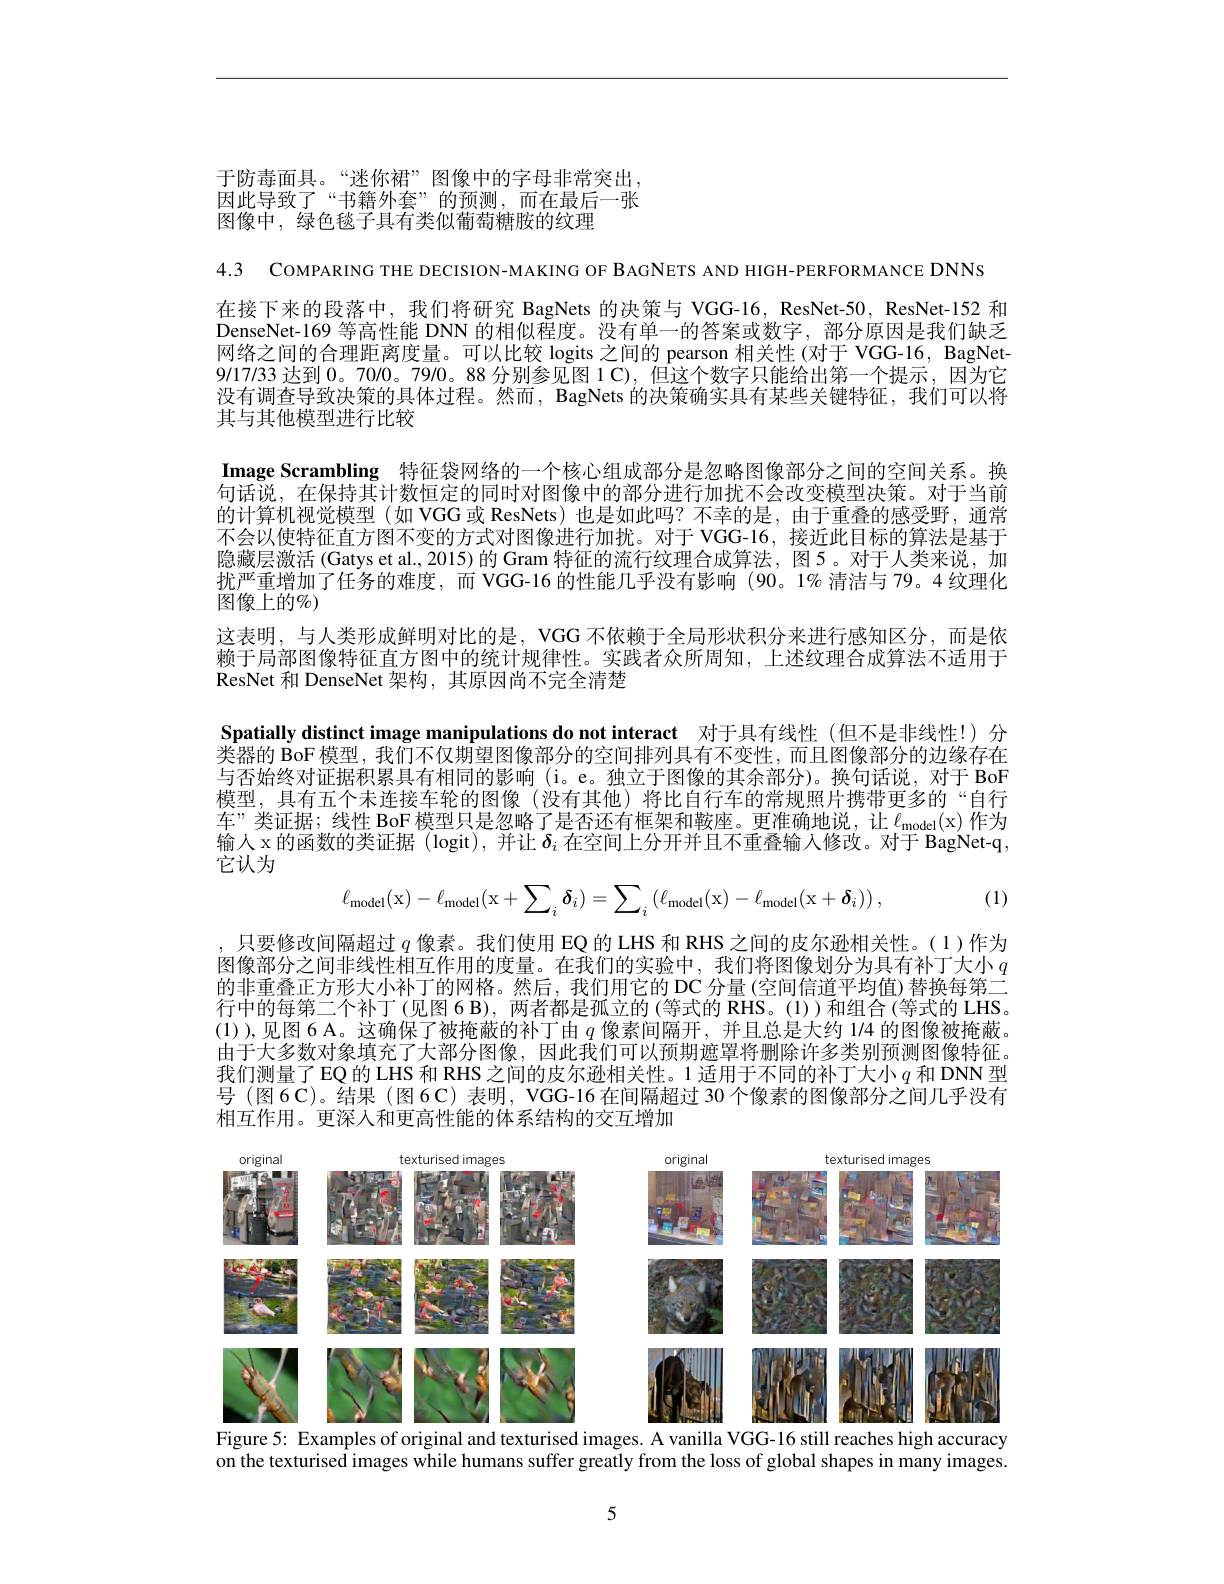
于防毒面具。“迷你裙”图像中的字母非常突出， 因此导致了“书籍外套”的预测，而在最后一张图像中，绿色毯子具有类似葡萄糖胺的纹理

4.3 COMPARING THE DECISION-MAKING OF BAGNETS AND HIGH-PERFORMANCE DNNS
在接下来的段落中，我们将研究 BagNets 的决策与 VGG-16, ResNet-50, ResNet-152 和DenseNet-169 等高性能 DNN 的相似程度。没有单一的答案或数字，部分原因是我们缺乏网络之间的合理距离度量。可以比较 logits 之间的 pearson 相关性 (对于 VGG-16, BagNet- 9/17/33 达到0。70/0。79/0。88 分别参见图 1 C), 但这个数字只能给出第一个提示，因为它没有调查导致决策的具体过程。然而，BagNets 的决策确实具有某些关键特征，我们可以将其与其他模型进行比较
Image Scrambling 特征袋网络的一个核心组成部分是忽略图像部分之间的空间关系。换句话说，在保持其计数恒定的同时对图像中的部分进行加扰不会改变模型决策。对于当前的计算机视觉模型(如 VGG 或 ResNets) 也是如此吗？不幸的是，由于重叠的感受野，通常不会以使特征直方图不变的方式对图像进行加扰。对于 VGG-16, 接近此目标的算法是基于隐藏层激活 (Gatys et al., 2015)的 Gram 特征的流行纹理合成算法，图 5。对于人类来说，加扰严重增加了任务的难度，而 VGG-16 的性能几乎没有影响 (90。1% 清洁与 79。4纹理化图像上的$\%)$
这表明，与人类形成鲜明对比的是，VGG 不依赖于全局形状积分来进行感知区分，而是依赖于局部图像特征直方图中的统计规律性。实践者众所周知，上述纹理合成算法不适用于ResNet 和 DenseNet 架构，其原因尚不完全清楚
Spatially distinct image manipulations do not interact 对于具有线性 (但不是非线性！) 分类器的 BoF模型，我们不仅期望图像部分的空间排列具有不变性，而且图像部分的边缘存在与否始终对证据积累具有相同的影响(i。e。独立于图像的其余部分)。换句话说，对于 BoF 模型，具有五个未连接车轮的图像(没有其他)将比自行车的常规照片携带更多的“自行车”类证据；线性 BoF模型只是忽略了是否还有框架和鞍座。更准确地说，让$\ell_{\mathrm{model}}($x)作为
$\therefore\delta_{i}$
它认为
(1)
$$\ell_{\mathrm{model}}(\mathrm{x})-\ell_{\mathrm{model}}(\mathrm{x}+\sum_i\delta_i)=\sum_i\left(\ell_{\mathrm{model}}(\mathrm{x})-\ell_{\mathrm{model}}(\mathrm{x}+\delta_i)\right),$$
,只要修改间隔超过$q$像素。我们使用 EQ 的 LHS 和 RHS 之间的皮尔逊相关性。(1)作为图像部分之间非线性相互作用的度量。在我们的实验中，我们将图像划分为具有补丁大小$q$ 的非重叠正方形大小补丁的网格。然后，我们用它的 DC 分量(空间信道平均值)替换每第二行中的每第二个补丁(见图 6 B),两者都是孤立的(等式的 RHS。(1))和组合(等式的 LHS。(1)),见图 6 A。这确保了被掩蔽的补丁由$q$像素间隔开，并且总是大约 1/4 的图像被掩蔽。由于大多数对象填充了大部分图像，因此我们可以预期遮罩将删除许多类别预测图像特征。我们测量了EQ的 LHS 和 RHS 之间的皮尔逊相关性。1 适用于不同的补丁大小$q$和 DNN 型号(图6C)。结果(图6C)表明，VGG-16在间隔超过 30 个像素的图像部分之间几乎没有相互作用。更深入和更高性能的体系结构的交互增加

<FigureHere>
Figure 5: Examples of original and texturised images. A vanilla VGG-16 still reaches high accuracy

on the texturised images while humans suffer greatly from the loss of global shapes in many images.

5